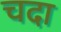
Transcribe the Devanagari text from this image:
चदा